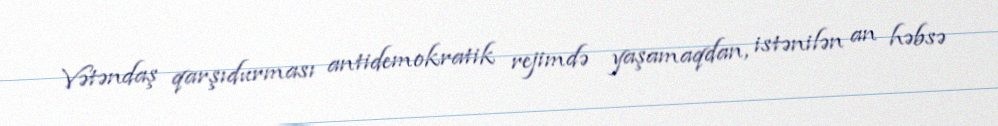
Vətəndaş qarşıdurması antidemokratik rejimdə yaşamaqdan, istənilən an həbsə